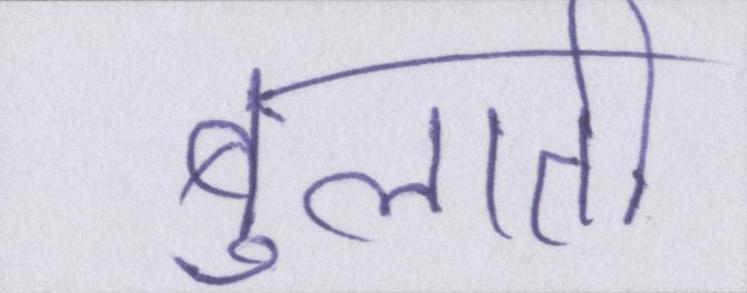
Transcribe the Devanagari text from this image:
बुलाती